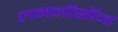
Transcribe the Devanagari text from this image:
लमनॉसॉव्ह